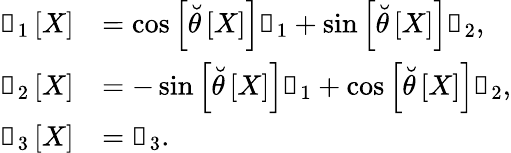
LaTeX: \begin{array}{rl}{\boldsymbol{\mathscr{e}}_{1}\left[X\right]}&{=\cos\left[\breve{\theta}\left[X\right]\right]\boldsymbol{\mathscr{x}}_{1}+\sin\left[\breve{\theta}\left[X\right]\right]\boldsymbol{\mathscr{x}}_{2},}\\ {\boldsymbol{\mathscr{e}}_{2}\left[X\right]}&{=-\sin\left[\breve{\theta}\left[X\right]\right]\boldsymbol{\mathscr{x}}_{1}+\cos\left[\breve{\theta}\left[X\right]\right]\boldsymbol{\mathscr{x}}_{2},}\\ {\boldsymbol{\mathscr{e}}_{3}\left[X\right]}&{=\boldsymbol{\mathscr{x}}_{3}.}\end{array}